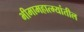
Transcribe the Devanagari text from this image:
भीमामहात्म्यांतील